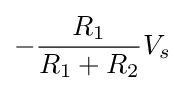
-{\frac {R_{1}}{R_{1}+R_{2}}}V_{s}